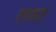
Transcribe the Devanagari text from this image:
सरकरा